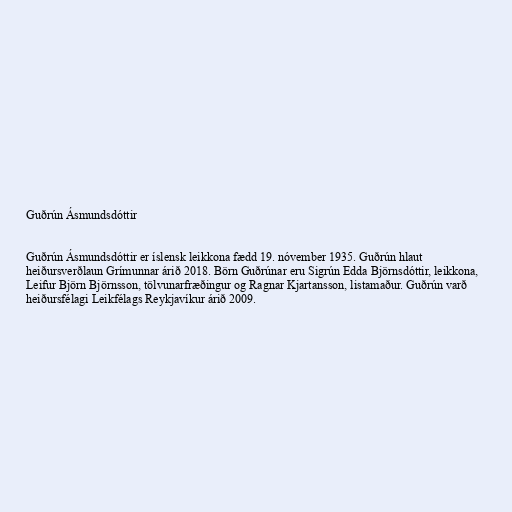
Guðrún Ásmundsdóttir

Guðrún Ásmundsdóttir er íslensk leikkona fædd 19. nóvember 1935. Guðrún hlaut
heiðursverðlaun Grímunnar árið 2018. Börn Guðrúnar eru Sigrún Edda Björnsdóttir, leikkona,
Leifur Björn Björnsson, tölvunarfræðingur og Ragnar Kjartansson, listamaður. Guðrún varð
heiðursfélagi Leikfélags Reykjavíkur árið 2009.